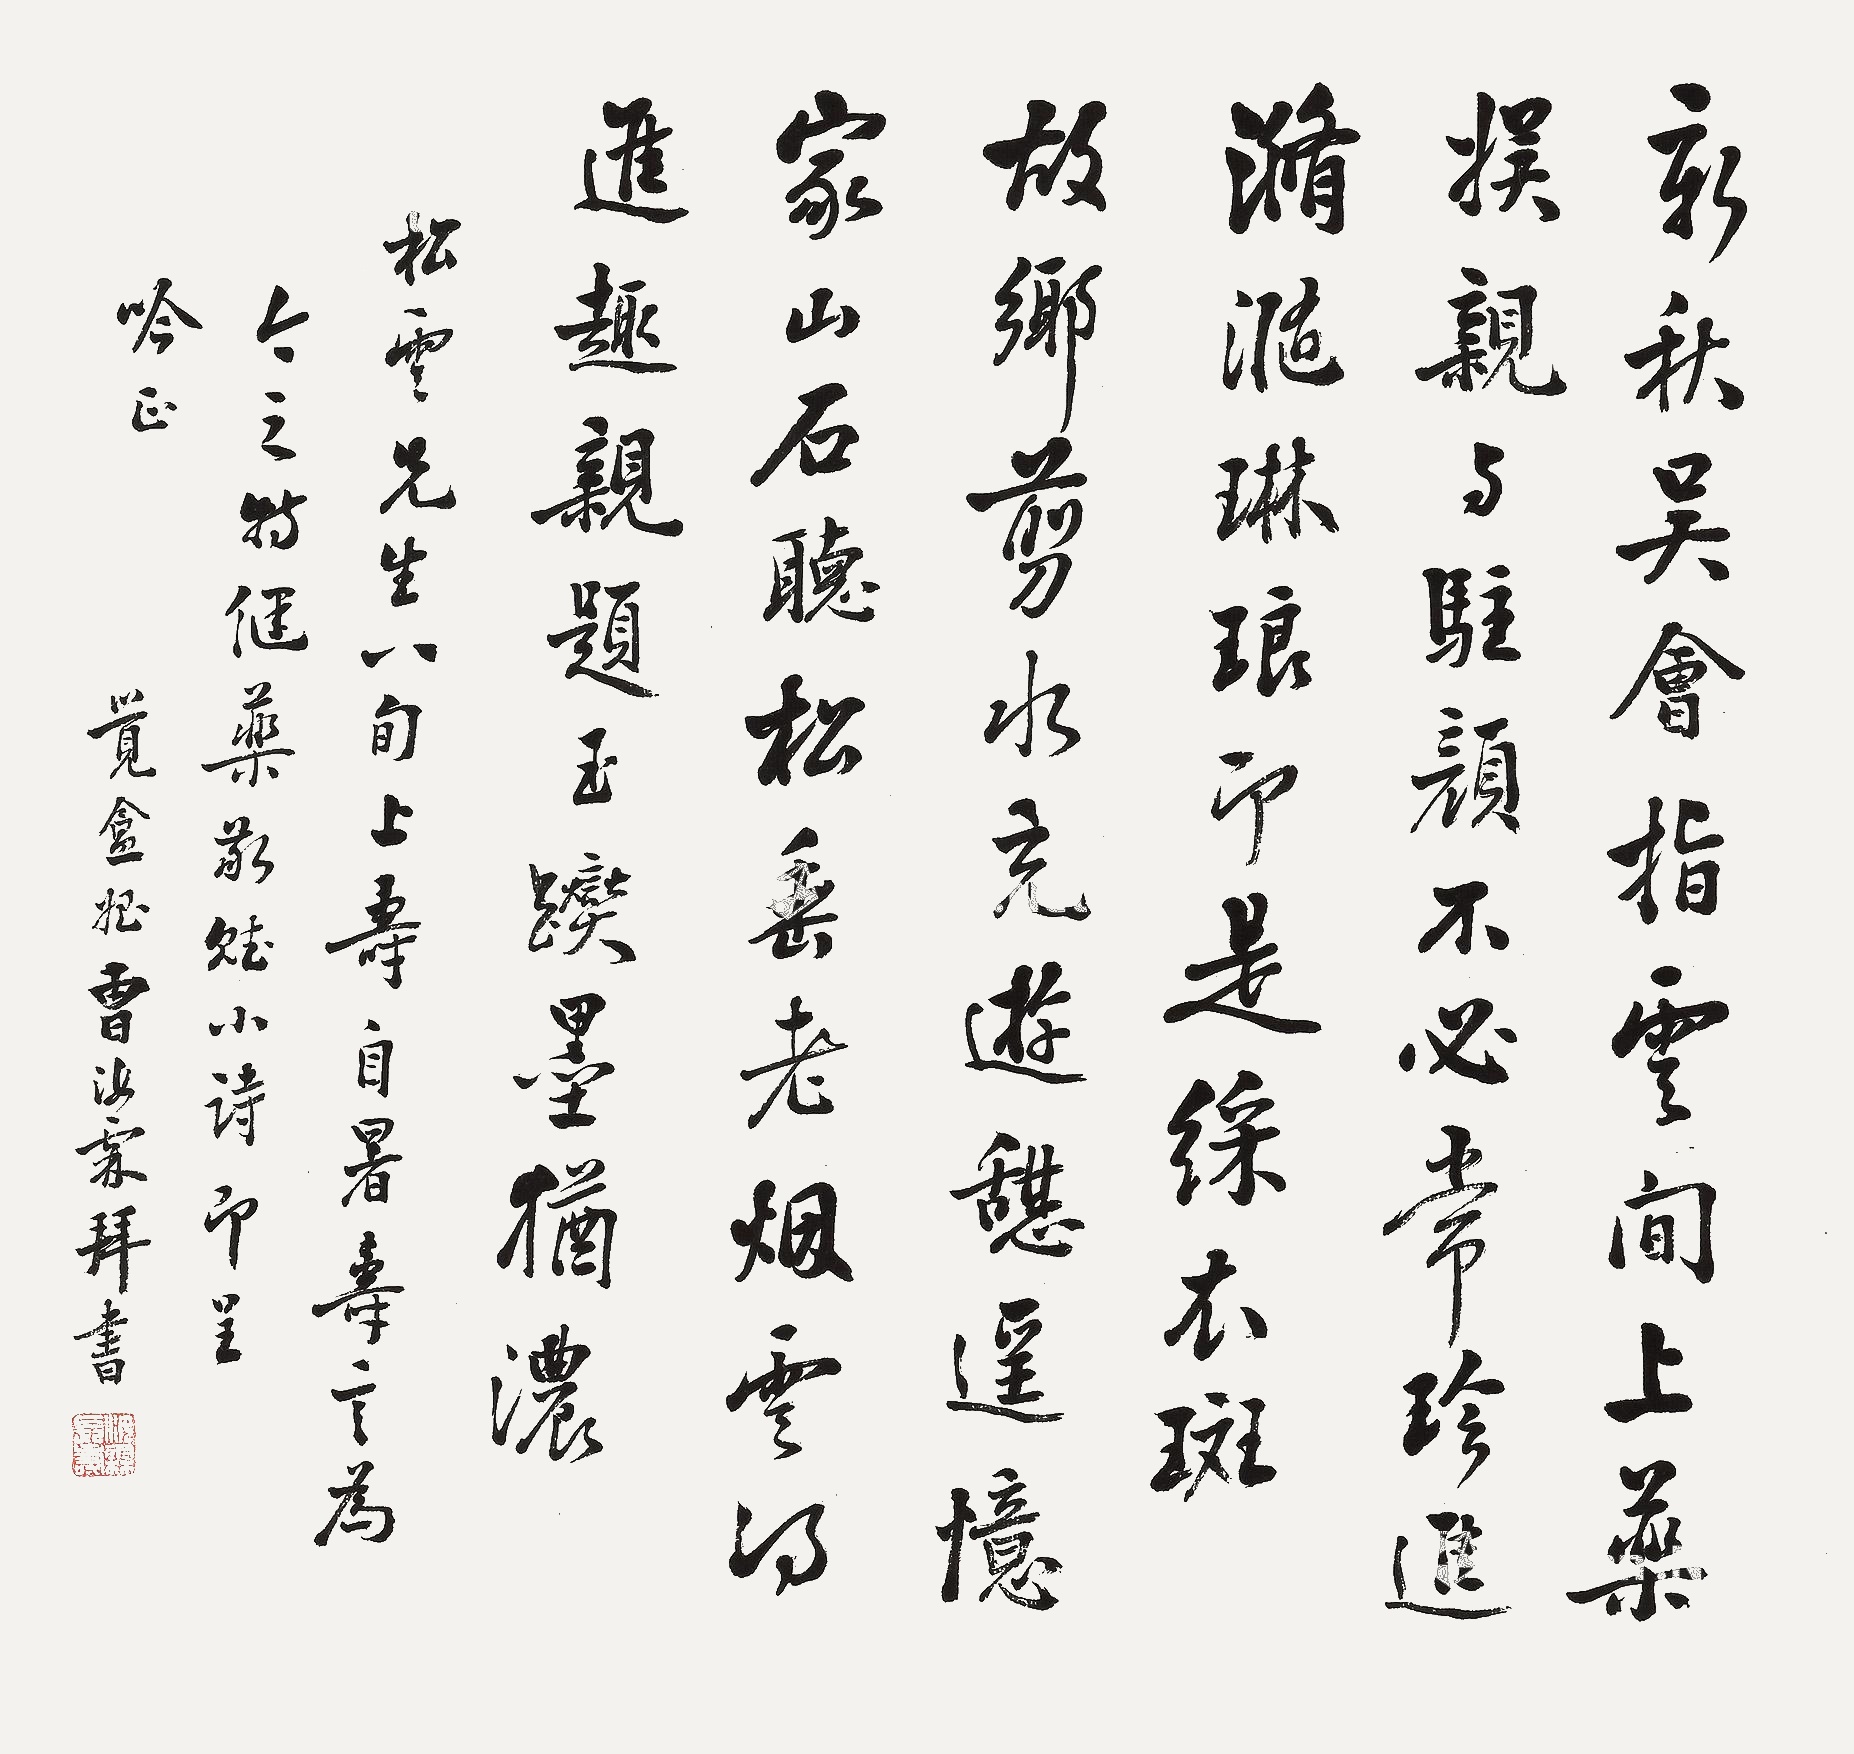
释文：新秋吴会指云间，上药娱亲与驻颜。不必常珍进滫瀡，琳琅即是彩衣斑。故乡剪水充游憩，遥忆家山石听松。垂老烟云得进趣，亲题玉躞墨犹浓。松云先生八旬上寿，自署寿言为今之特健药，敬赋小诗，即呈吟正。觉盦侄曹汝霖拜书。